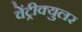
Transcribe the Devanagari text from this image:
वेंट्रीक्युलर